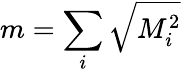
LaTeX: m=\sum_{i}\sqrt{M_{i}^{2}}